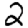
Digit: 2